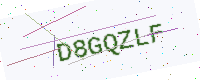
Text: D8GQZLF